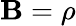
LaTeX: \mathbf{B}=\rho